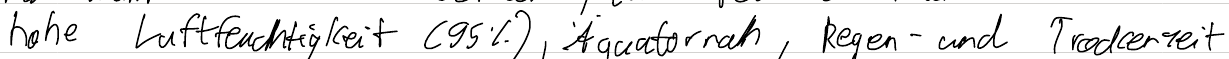
hohe Luftfeuchtigkeit (95%), Äquatornah, Regen- und Trockenzeit